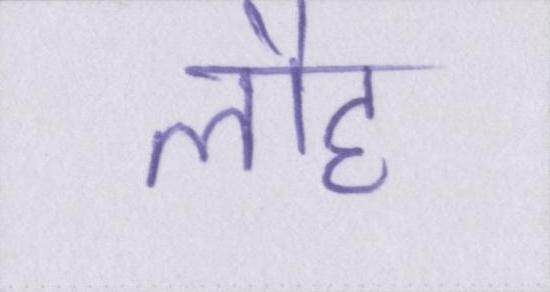
लौह